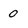
Character: 0